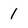
Character: 1